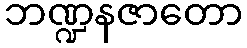
ဘဏ္ဍနဇာတော